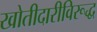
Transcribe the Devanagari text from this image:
खोतीदारीविरूद्ध